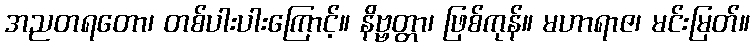
အညတရတော၊ တစ်ပါးပါးကြောင့်။ နိဗ္ဗတ္တာ၊ ဖြစ်ကုန်။ မဟာရာဇ၊ မင်းမြတ်။